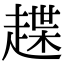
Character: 𧽅